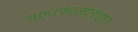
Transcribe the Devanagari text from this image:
सएउर्फत्लएरुइएत्